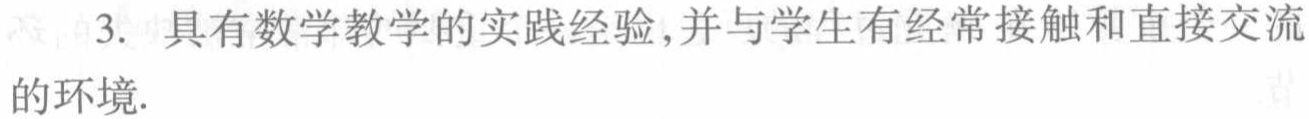
3. 具有数学教学的实践经验,并与学生有经常接触和直接交流的环境.